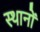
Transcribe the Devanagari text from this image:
स्थानाें